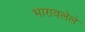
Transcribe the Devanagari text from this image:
भारावलेले